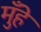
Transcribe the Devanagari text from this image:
मुँहे